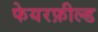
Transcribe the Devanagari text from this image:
फेयरफ़ील्ड